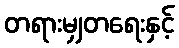
တရားမျှတရေးနှင့်